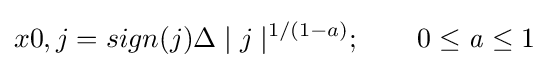
x0,j=sign(j)\Delta \mid j\mid ^{1/(1-a)};\qquad 0\leq {\mathit {a}}\leq 1